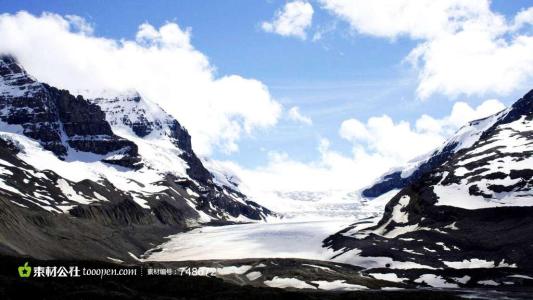
湖清霜镜晓，涛白雪山来。